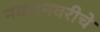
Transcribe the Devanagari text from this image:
नवरानवरीचे